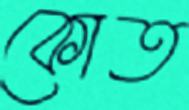
কোত